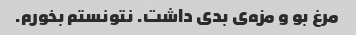
مرغ بو و مزه‌ی بدی داشت. نتونستم بخورم.